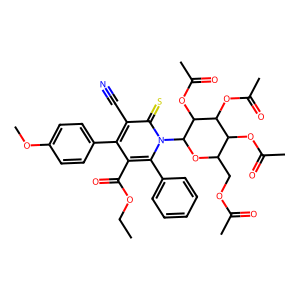
SMILES: CCOC(=O)c1c(-c2ccc(OC)cc2)c(C#N)c(=S)n(C2OC(COC(C)=O)C(OC(C)=O)C(OC(C)=O)C2OC(C)=O)c1-c1ccccc1
Inhibits HIV replication: No